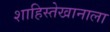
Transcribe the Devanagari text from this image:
शाहिस्तेखानाला